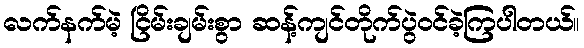
လက်နက်မဲ့ ငြိမ်းချမ်းစွာ ဆန့်ကျင်တိုက်ပွဲဝင်ခဲ့ကြပါတယ်။